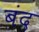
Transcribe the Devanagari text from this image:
बंद